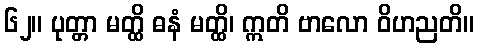
၆၂။ ပုတ္တာ မတ္ထိ ဓနံ မတ္ထိ၊ ဣတိ ဗာလော ဝိဟညတိ။